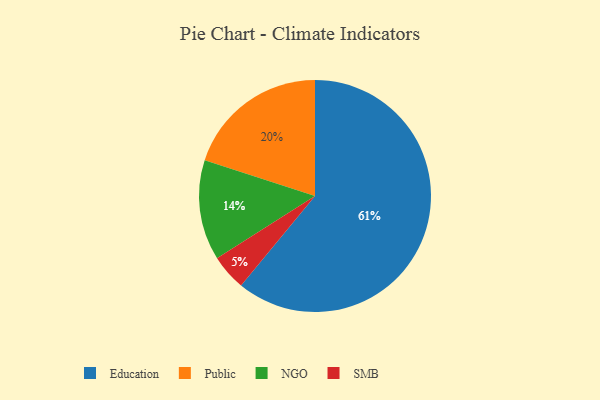
{"axis": {"x": "Category", "y": "Percentage"}, "legend": ["Education", "NGO", "Public", "SMB"], "data": [{"x": "Education", "y": 61, "type": "Education"}, {"x": "Public", "y": 20, "type": "Public"}, {"x": "SMB", "y": 5, "type": "SMB"}, {"x": "NGO", "y": 14, "type": "NGO"}]}